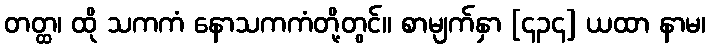
တတ္ထ၊ ထို သကကံ နောသကကံတို့တွင်။ စာမျက်နှာ [၄၃၄] ယထာ နာမ၊